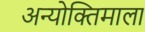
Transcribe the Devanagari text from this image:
अन्योक्तिमाला